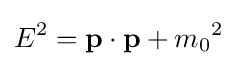
E^{2}=\mathbf {p} \cdot \mathbf {p} +{m_{0}}^{2}